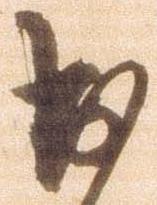
出